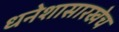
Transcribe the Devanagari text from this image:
धनेशासारखेच